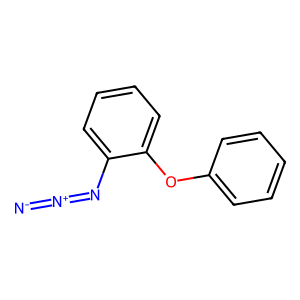
SMILES: [N-]=[N+]=Nc1ccccc1Oc1ccccc1
Inhibits HIV replication: No